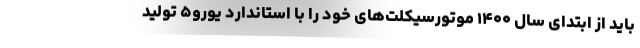
باید از ابتدای سال ۱۴۰۰ موتورسیکلت‌های خود را با استاندارد یورو۵ تولید